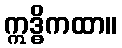
ဣဒ္ဓိကထာ။